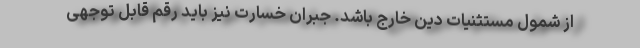
از شمول مستثنیات دین خارج باشد. جبران خسارت نیز باید رقم قابل توجهی